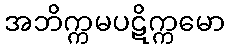
အဘိက္ကမပဋိက္ကမော